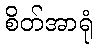
စိတ်အာရုံ